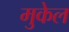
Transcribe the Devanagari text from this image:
मुकेल